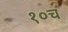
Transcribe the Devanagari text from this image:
१०च